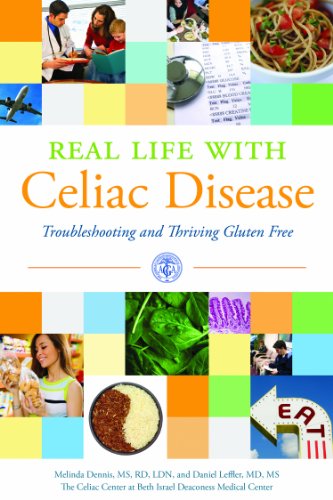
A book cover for Real Life with Celiac Disease; Melinda Dennis; Health, Fitness & Dieting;